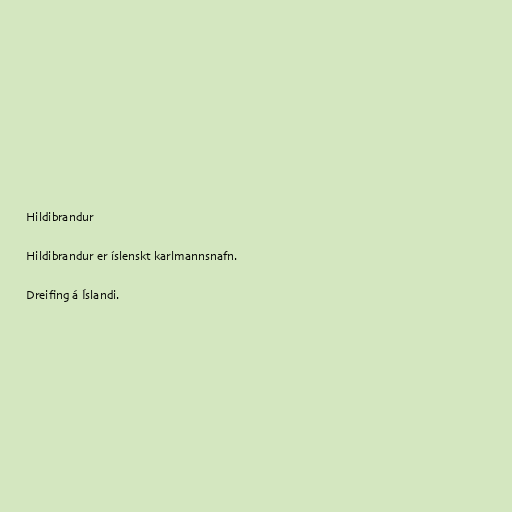
Hildibrandur

Hildibrandur er íslenskt karlmannsnafn.

Dreifing á Íslandi.